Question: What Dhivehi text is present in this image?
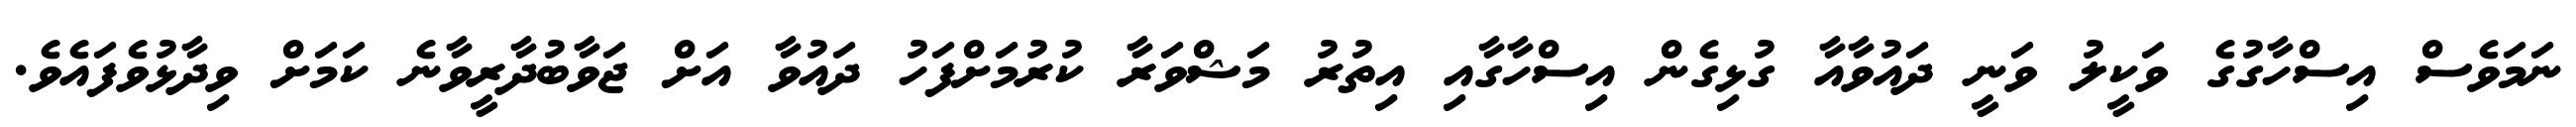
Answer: ނަމަވެސް އިސްހާގުގެ ވަކީލު ވަނީ ދައުވާއާ ގުޅިގެން އިސްހާގާއި އިތުރު މަޝްވަރާ ކުރުމަށްފަހު ދައުވާ އަށް ޖަވާބުދާރީވާނެ ކަމަށް ވިދާޅުވެފައެވެ.